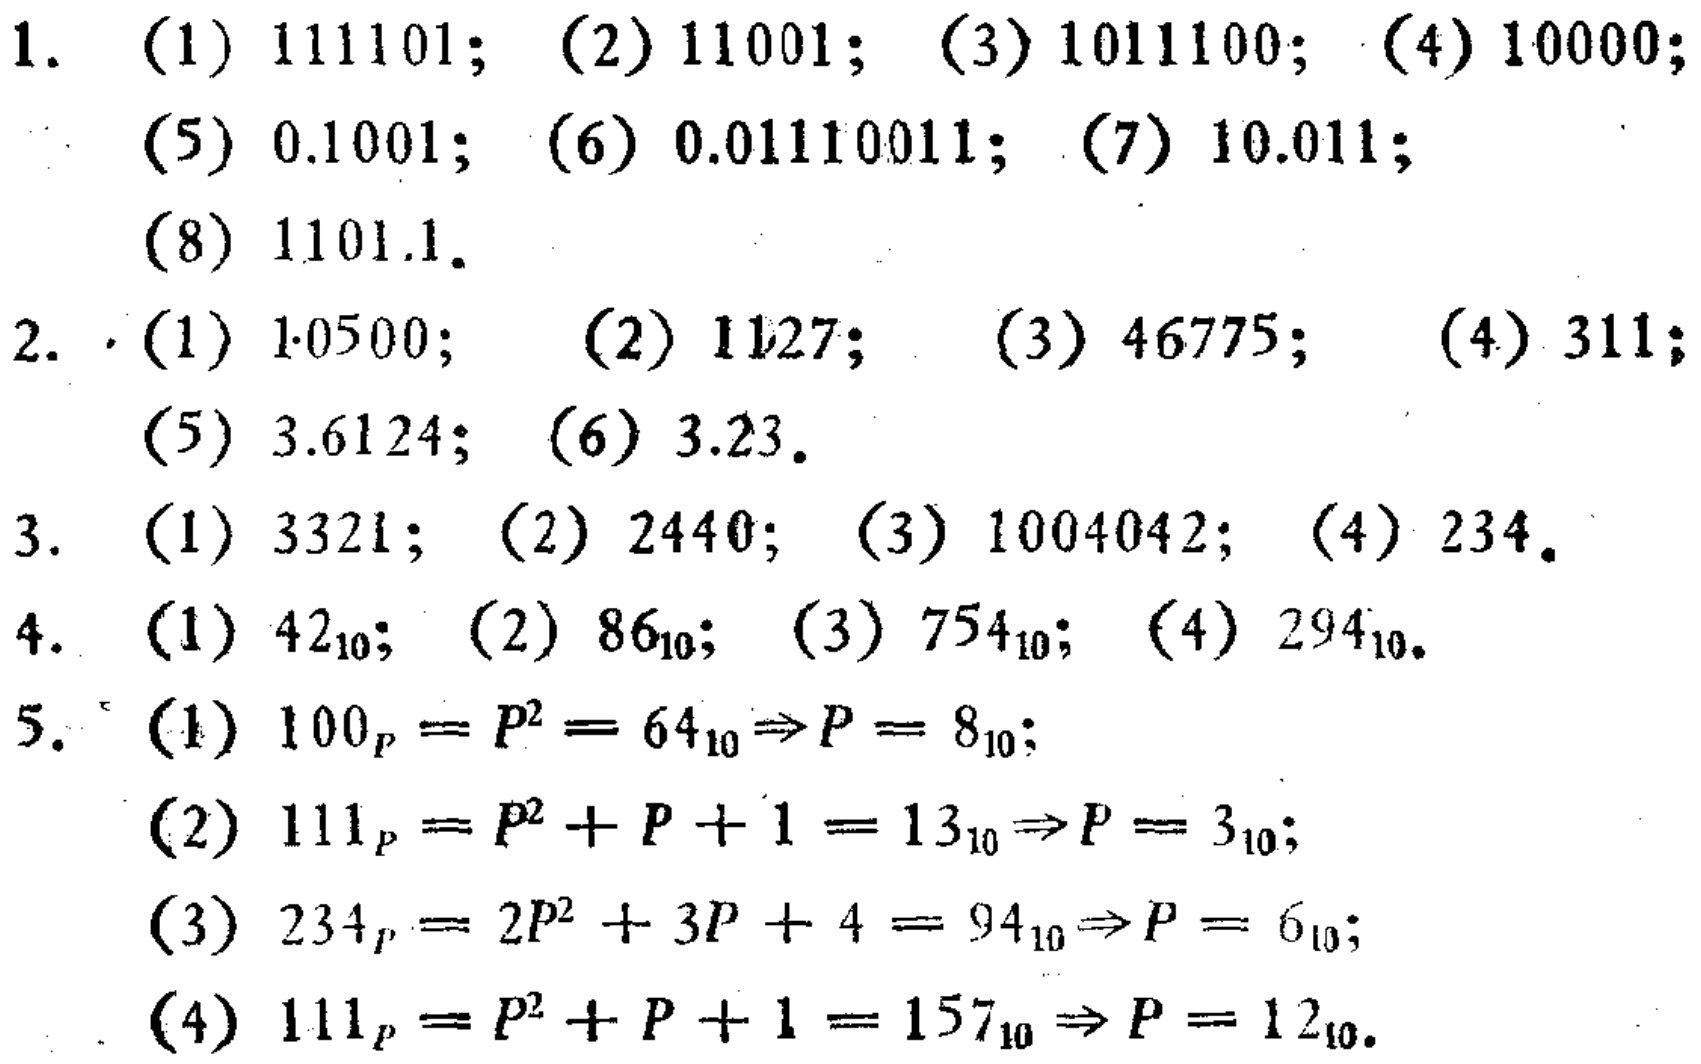
1.

(1) \(111101\);

(2) \(11001\);

(3) \(1011100\);

(4) \(10000\);

(5) \(0.1001\);

(6) \(0.01110011\);

(7) \(10.011\);

(8) \(1101.1\).

2.

(1) \(1.0500\);

(2) \(1127\);

(3) \(46775\);

(4) \(311\);

(5) \(3.6124\);

(6) \(3.23\).

3.

(1) \(3321\);

(2) \(2440\);

(3) \(1004042\);

(4) \(234\).

4.

(1) \(42_{10}\);

(2) \(86_{10}\);

(3) \(754_{10}\);

(4) \(294_{10}\).

5.

(1) \(100_{P}=P^{2}=64_{10}\Rightarrow P = 8_{10}\);

(2) \(111_{P}=P^{2}+P + 1=13_{10}\Rightarrow P = 3_{10}\);

(3) \(234_{P}=2P^{2}+3P + 4=94_{10}\Rightarrow P = 6_{10}\);

(4) \(111_{P}=P^{2}+P + 1=157_{10}\Rightarrow P = 12_{10}\).